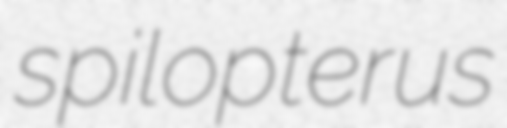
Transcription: spilopterus